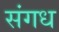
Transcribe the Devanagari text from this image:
संगध